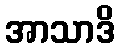
အာသာဒိ